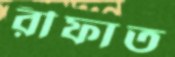
রীফাত